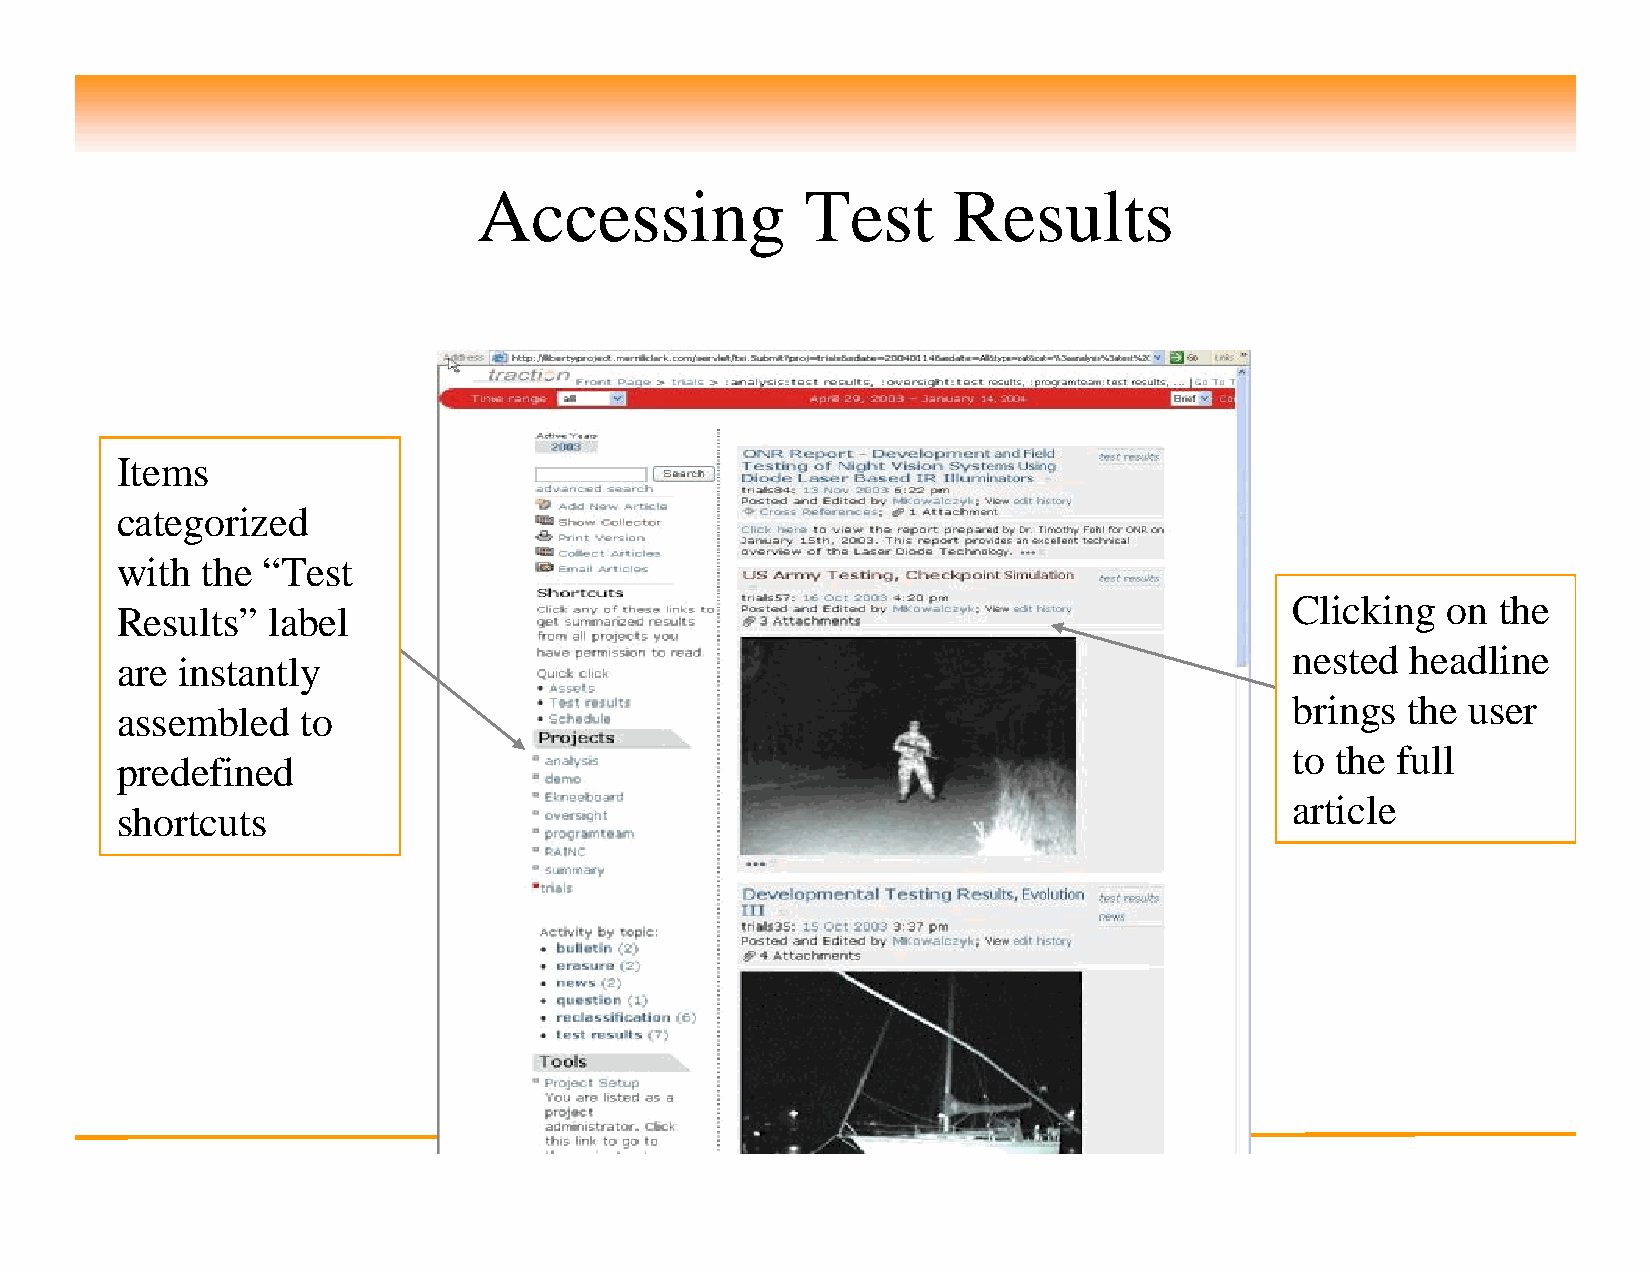
Accessing            Test      Results
 Items
 categorized
 with the “Test
 Clicking  on the
 Results”  label
 nested headline
 are instantly
 brings the user
 assembled   to
 to the full
 predefined
 article
 shortcuts